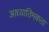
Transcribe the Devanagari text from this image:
आध्यातिमकता